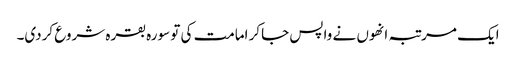
ایک مرتبہ انھوں نے واپس جاکر امامت کی تو سورہ بقرہ شروع کردی۔